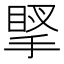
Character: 𢯲